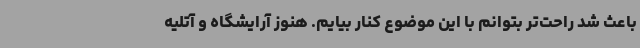
باعث شد راحت‌تر بتوانم با این موضوع کنار بیایم. هنوز آرایشگاه و آتلیه